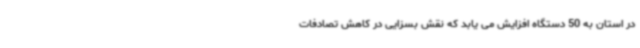
در استان به 50 دستگاه افزایش می یابد که نقش بسزایی در کاهش تصادفات